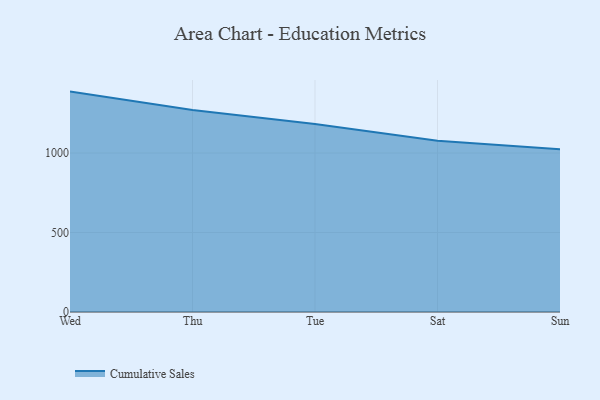
{"axis": {"x": "Day", "y": "Customer Acquisition Cost (USD)"}, "legend": ["Cumulative Sales"], "data": [{"x": "Wed", "y": 1386.3, "type": "Cumulative Sales"}, {"x": "Thu", "y": 1270.4, "type": "Cumulative Sales"}, {"x": "Tue", "y": 1182.6, "type": "Cumulative Sales"}, {"x": "Sat", "y": 1076.7, "type": "Cumulative Sales"}, {"x": "Sun", "y": 1023.0, "type": "Cumulative Sales"}]}